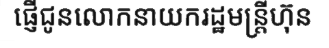
ផ្ញើជូនលោកនាយករដ្ឋមន្ត្រីហ៊ុន